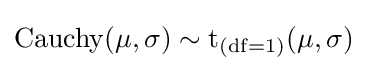
\operatorname {Cauchy} (\mu ,\sigma )\sim {\textrm {t}}_{(\mathrm {df} =1)}(\mu ,\sigma )